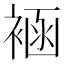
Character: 䘶